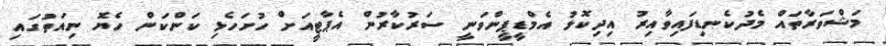
މަޝްވަރާތައް މެދުކެނޑިފައިވާއިރު އިދިކޮޅު އެމްޑީޕީންވަނީ ސަރުކާރުން އެޕާޓީއަށް ހުށަހެޅި ކަންކަން ހެޔޮ ނިއަތުގައި